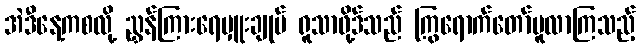
အဲဒီနေ့ကစလို့ ညွှန်ကြားရေမှူးချုပ် ရူသာဖို့ဒ်သည် ကြွရောက်တော်မူလာကြသည့်